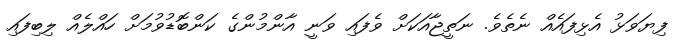
ފިޔަވަޅު އެޅިފައެއް ނެތެވެ. ނަތީޖާއަކަށް ވެފައި ވަނީ އާންމުންގެ ކަންބޮޑުވުމަށް ހައްލެއް ލިބިފައި